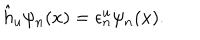
LaTeX: \hat { h } _ { u } \psi _ { n } ( x ) = \epsilon _ { n } ^ { u } \psi _ { n } ( x ) .